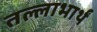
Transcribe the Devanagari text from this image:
तल्लाभार्थं